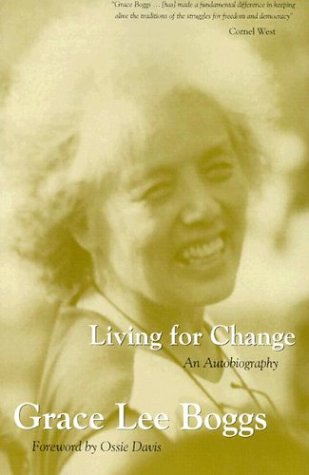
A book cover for Living For Change: An Autobiography; Grace Lee Boggs; Biographies & Memoirs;